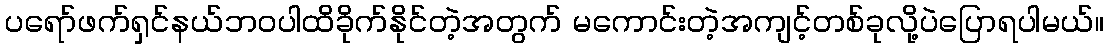
ပရော်ဖက်ရှင်နယ်ဘဝပါထိခိုက်နိုင်တဲ့အတွက် မကောင်းတဲ့အကျင့်တစ်ခုလို့ပဲပြောရပါမယ်။